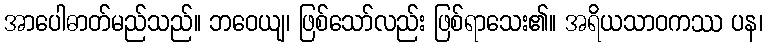
အာပေါဓာတ်မည်သည်။ ဘဝေယျ၊ ဖြစ်သော်လည်း ဖြစ်ရာသေး၏။ အရိယသာဝကဿ ပန၊